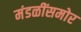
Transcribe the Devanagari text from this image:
मंडळींसमोर